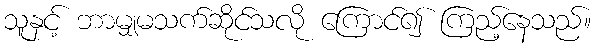
သူနှင့် ဘာမျှမသက်ဆိုင်သလို ကြောင်၍ ကြည့်နေသည်။